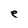
Character: e